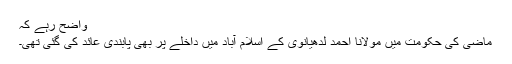
واضح رہے کہ
ماضی کی حکومت میں مولانا احمد لدھیانوی کے اسلام آباد میں داخلے پر بھی پابندی عائد کی گئی تھی۔